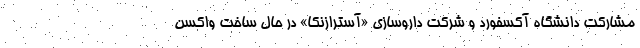
مشارکت دانشگاه آکسفورد و شرکت داروسازی «آسترازنکا» در حال ساخت واکسن